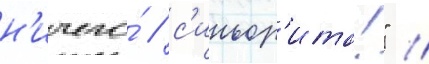
н'ичего́ / с'иньор'ита!" //